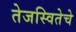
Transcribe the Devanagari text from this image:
तेजस्वितेचे